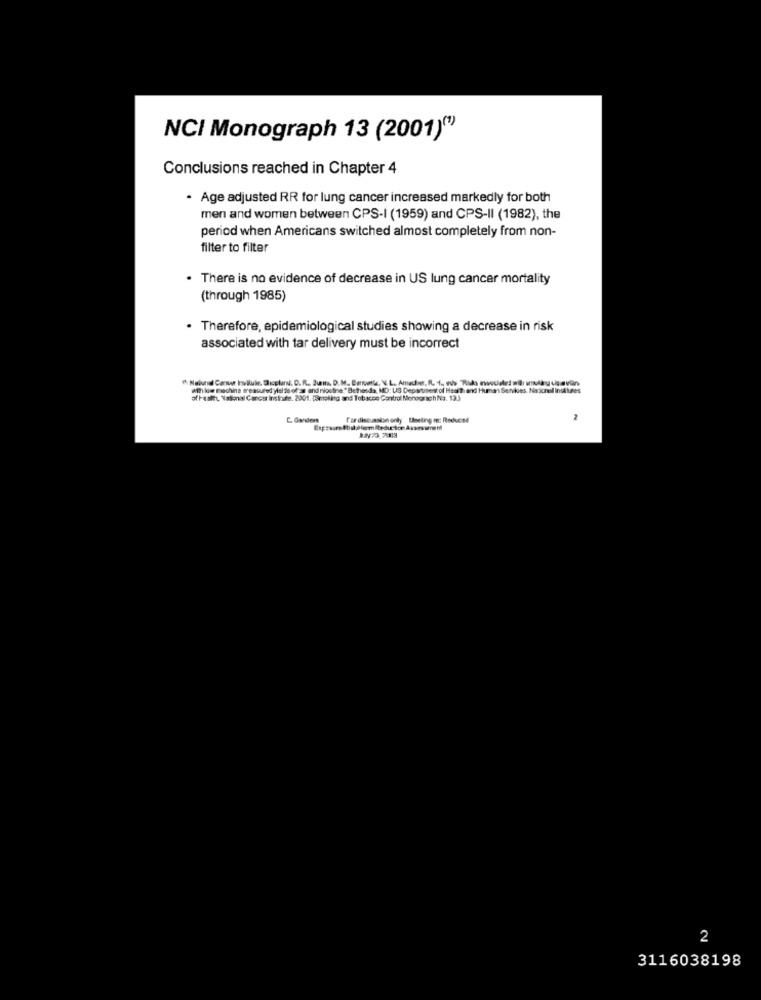
NCI Monograph 13 (2001)()
Conclusions reached in Chapter 4
. Age adjusted RR for lung cancer increased markedly for both
men and women between CPS-I (1959) and CPS-II (1982), the
period when Americans switched almost completely from non-
filter to filter
. There is no evidence of decrease in US lung cancer mortality
(through 1985)
Therefore, epidemiological studies showing a decrease in risk
associated with tar delivery must be incorrect
Athle machins treasured ylul ds of art and niosfine."Bethesda, MD: US Departmentof Health and Human Services, Nacionel InsALnes
ofheart "atmal Cancer Instaate. 2001. 3moling and Tobacco Control Monograch No. 133
fardiscussion only Useting m: Reduced
2
2
3116038198